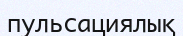
пульсациялық